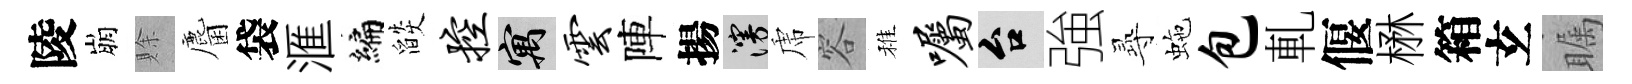
陵崩賖麕袋滙编燄控寓云陣揚漫虎容稚嘱台強𡬶虵包軋偃楙箱𤣥瞩